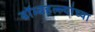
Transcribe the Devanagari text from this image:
बॉम्बहल्ल्यांच्या